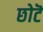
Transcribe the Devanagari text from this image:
छोटॆ